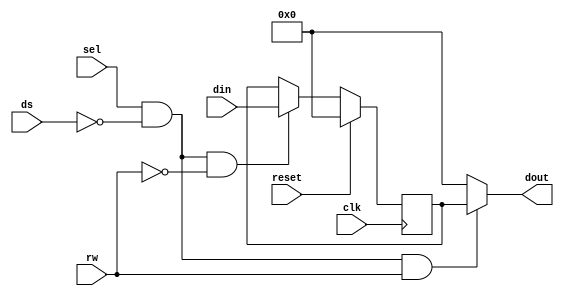
module mmu (
	// cpu register interface
	input 		 clk,
	input 		 reset,
	input [7:0] 	 din,
	input 		 sel,
	input 		 ds,
	input 		 rw,
	output reg [7:0] dout
);

reg [7:0] memconfig;

always @(sel, ds, rw, memconfig) begin
	dout = 8'd0;
	if(sel && ~ds && rw)
		dout = memconfig;
end

always @(negedge clk) begin
	if(reset)
		memconfig <= 8'h00;
	else begin
		if(sel && ~ds && ~rw)
			memconfig <= din;
	end
end

endmodule